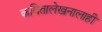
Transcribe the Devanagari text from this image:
कवितालेखनालाही